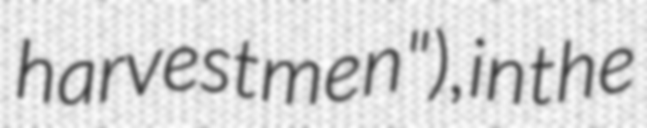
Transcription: harvestmen"), in the